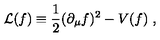
{ \cal L } ( f ) \equiv { \frac { 1 } { 2 } } ( \partial _ { \mu } f ) ^ { 2 } - V ( f ) \ ,